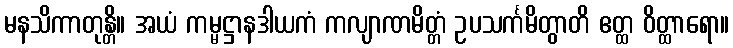
မနသိကာတုန္တိ။ အယံ ကမ္မဋ္ဌာနဒါယကံ ကလျာဏမိတ္တံ ဥပသင်္ကမိတွာတိ ဧတ္ထ ဝိတ္ထာရော။